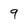
Character: 9